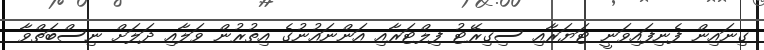
ގިނައިން ފެނިފައިވަނީ ޓަޔަރާއި ސިގިރޭޓު ފިލްޓަރާއި އަންނައުނުގެ އިތުރުން ވަލާއި ދަލަށް ނިސްބަތްވާ